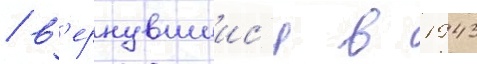
/ в'ернувшиис'я в 1943